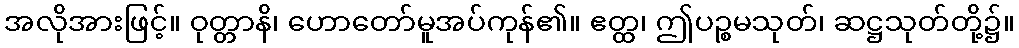
အလိုအားဖြင့်။ ဝုတ္တာနိ၊ ဟောတော်မူအပ်ကုန်၏။ ဧတ္ထ၊ ဤပဉ္စမသုတ်၊ ဆဋ္ဌသုတ်တို့၌။